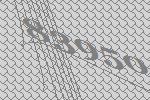
83950